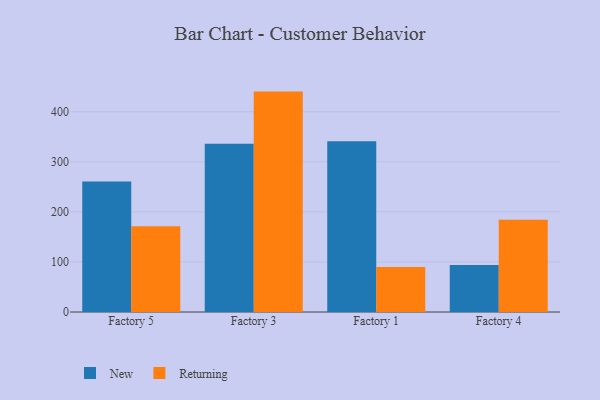
{"axis": {"x": "Factory", "y": "Population (Million)"}, "legend": ["New", "Returning"], "data": [{"x": "Factory 5", "y": 260.6, "type": "New"}, {"x": "Factory 5", "y": 171.4, "type": "Returning"}, {"x": "Factory 3", "y": 335.8, "type": "New"}, {"x": "Factory 3", "y": 440.2, "type": "Returning"}, {"x": "Factory 1", "y": 340.9, "type": "New"}, {"x": "Factory 1", "y": 89.7, "type": "Returning"}, {"x": "Factory 4", "y": 93.7, "type": "New"}, {"x": "Factory 4", "y": 184.2, "type": "Returning"}]}